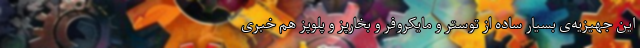
این جهیزیه‌ی بسیار ساده از توستر و مایکروفر و بخارپز و پلوپز هم خبری